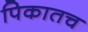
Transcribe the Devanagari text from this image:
पिकातच